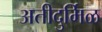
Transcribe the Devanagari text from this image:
अतीदुर्मिळ